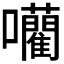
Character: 𭌾